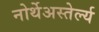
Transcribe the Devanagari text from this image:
नोर्थेअस्तेर्ल्य